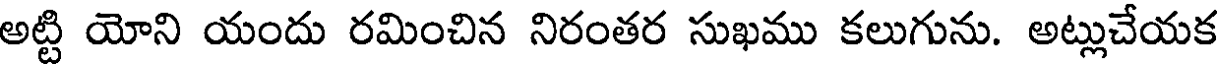
అట్టి యోని యందు రమించిన నిరంతర సుఖము కలుగును. అట్లుచేయక